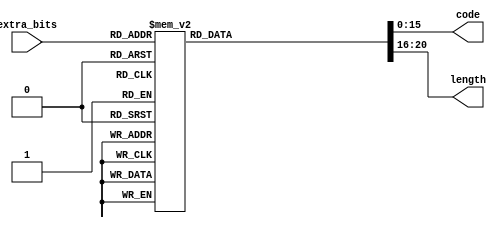
module dc_lum_huffman(
    // input coeff and run length
    extra_bits      , // <i>  4b, extra bits count
    // output huffman code and length
    code            , // <o> 16b, huffman code
    length            // <o>  5b, huffman code length
    );

  // input coeff and run length
  input  [3:0]  extra_bits      ; // <i>  4b, extra bits count
  // output huffman code and length
  output [15:0] code            ; // <o> 16b, huffman code
  output [4:0]  length          ; // <o>  5b, huffman code length

  reg    [20:0] huffman_lut     ;

  // huffman code lut
  always @(*) begin
      case (extra_bits)
        4'h0   : huffman_lut = {5'd2, 16'h0000};        // 00
        4'h1   : huffman_lut = {5'd3, 16'h0002};        // 010
        4'h2   : huffman_lut = {5'd3, 16'h0003};        // 011
        4'h3   : huffman_lut = {5'd3, 16'h0004};        // 100
        4'h4   : huffman_lut = {5'd3, 16'h0005};        // 101
        4'h5   : huffman_lut = {5'd3, 16'h0006};        // 110
        4'h6   : huffman_lut = {5'd4, 16'h000E};        // 1110
        4'h7   : huffman_lut = {5'd5, 16'h001E};        // 11110
        4'h8   : huffman_lut = {5'd6, 16'h003E};        // 111110
        4'h9   : huffman_lut = {5'd7, 16'h007E};        // 1111110
        4'ha   : huffman_lut = {5'd8, 16'h00FE};        // 11111110
        4'hb   : huffman_lut = {5'd9, 16'h01FE};        // 111111110
        default: huffman_lut = {5'd1, 16'hFFFF};
      endcase
  end

  assign code   = huffman_lut[15:0];
  assign length = huffman_lut[20:16];

endmodule